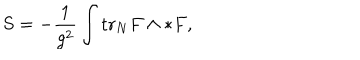
S = - \frac { 1 } { g ^ { 2 } } \int \mathrm { t r } _ { N } F \wedge * F ,